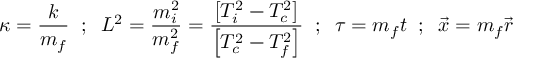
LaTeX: \kappa = \frac { k } { m _ { f } } \; \; ; \; \; L ^ { 2 } = \frac { m _ { i } ^ { 2 } } { m _ { f } ^ { 2 } } = \frac { \left[ T _ { i } ^ { 2 } - T _ { c } ^ { 2 } \right] } { \left[ T _ { c } ^ { 2 } - T _ { f } ^ { 2 } \right] } \; \; ; \; \; \tau = m _ { f } t \; \; ; \; \; \vec { x } = m _ { f } \vec { r }